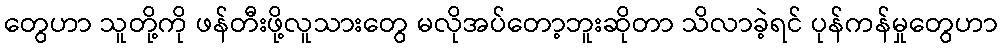
တွေဟာ သူတို့ကို ဖန်တီးဖို့လူသားတွေ မလိုအပ်တော့ဘူးဆိုတာ သိလာခဲ့ရင် ပုန်ကန်မှုတွေဟာ